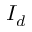
I _ { d }